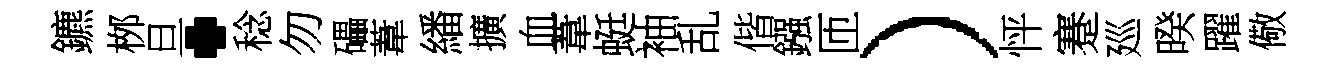
鑣桞旦·稔勿礧葦繙擴血葦蜓袖乱偕鏹匝）怦蹇廵暌躍儆